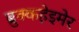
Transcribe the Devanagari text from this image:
ब्रुक्कहेइमेर